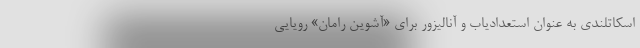
اسکاتلندی به عنوان استعدادیاب و آنالیزور برای «آشوین رامان» رویایی